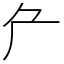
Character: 厃